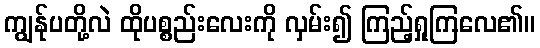
ကျွန်ုပတို့လဲ ထိုပစ္စည်းလေးကို လှမ်း၍ ကြည့်ရှုကြလေ၏။